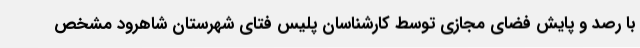
با رصد و پایش فضای مجازی توسط کارشناسان پلیس فتای شهرستان شاهرود مشخص